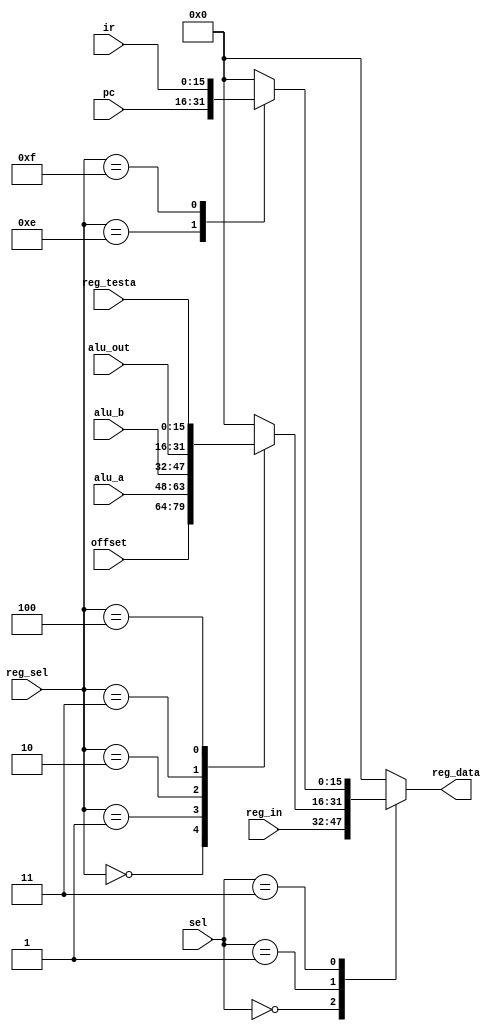

module reg_out(
   input [15:0]      ir,
   input [15:0]      pc,
   input [15:0]      reg_in,
   input [15:0]      offset,
   input [15:0]      alu_a,
   input [15:0]      alu_b,
   input [15:0]      alu_out,
   input [15:0]      reg_testa,
   input [3:0]       reg_sel,
   input [1:0]       sel,
   output reg [15:0] reg_data
);
   
   
   always @(ir or pc or reg_in or sel or reg_sel or offset or alu_a or alu_b or alu_out or reg_testa)
   begin: xhdl0
      reg [5:0]     temp;
      temp = {sel, reg_sel};
      case (sel)
         2'b00 :
            reg_data <= reg_in;
         2'b01 :
            case (reg_sel)
               4'b0000 :
                  reg_data <= offset;
               4'b0001 :
                  reg_data <= alu_a;
               4'b0010 :
                  reg_data <= alu_b;
               4'b0011 :
                  reg_data <= alu_out;
               4'b0100 :
                  reg_data <= reg_testa;
               default :
                  reg_data <= 16'b0000000000000000;
            endcase
         2'b11 :
            case (reg_sel)
               4'b1110 :
                  reg_data <= pc;
               4'b1111 :
                  reg_data <= ir;
               default :
                  reg_data <= 16'b0000000000000000;
            endcase
         default :
            reg_data <= 16'b0000000000000000;
      endcase
   end
   
endmodule